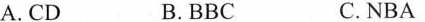
A. CD B. BBC C. NBA